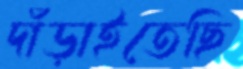
দাঁড়াইতেছি